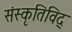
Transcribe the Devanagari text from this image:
संस्कृतिविद्